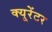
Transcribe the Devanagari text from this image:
क्यूरेंटर